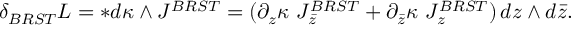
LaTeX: \delta _ { B R S T } { \cal L } = * d \kappa \wedge J ^ { B R S T } = ( \partial _ { z } \kappa \, \, J _ { \bar { z } } ^ { B R S T } + \partial _ { \bar { z } } \kappa \, \, J _ { z } ^ { B R S T } ) \, d z \wedge d \bar { z } .